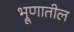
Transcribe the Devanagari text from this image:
भ्रूणातील